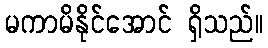
မကာမိနိုင်အောင် ရှိသည်။